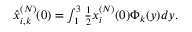
\begin{array} { r } { \hat { x } _ { i , k } ^ { ( N ) } ( 0 ) = \int _ { 1 } ^ { 3 } \frac { 1 } { 2 } x _ { i } ^ { ( N ) } ( 0 ) \Phi _ { k } ( y ) d y . } \end{array}